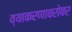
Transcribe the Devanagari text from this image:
व्याकरणाबरोबर